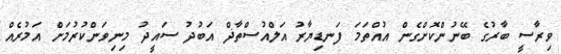
ވިރާސީ ބާރުގެ ބޭނުންކޮށްގެން އުއްތަމަ ފަނޑިޔާރު އަލްއުސްތާޛް އަބުދު ސައީދު މިނިވަންކުރުމަށް އަމުރެއް